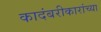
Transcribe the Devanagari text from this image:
कादंबरीकारांच्या